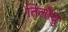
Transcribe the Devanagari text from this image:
तिलौथु